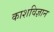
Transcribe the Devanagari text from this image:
काशविज्ञान